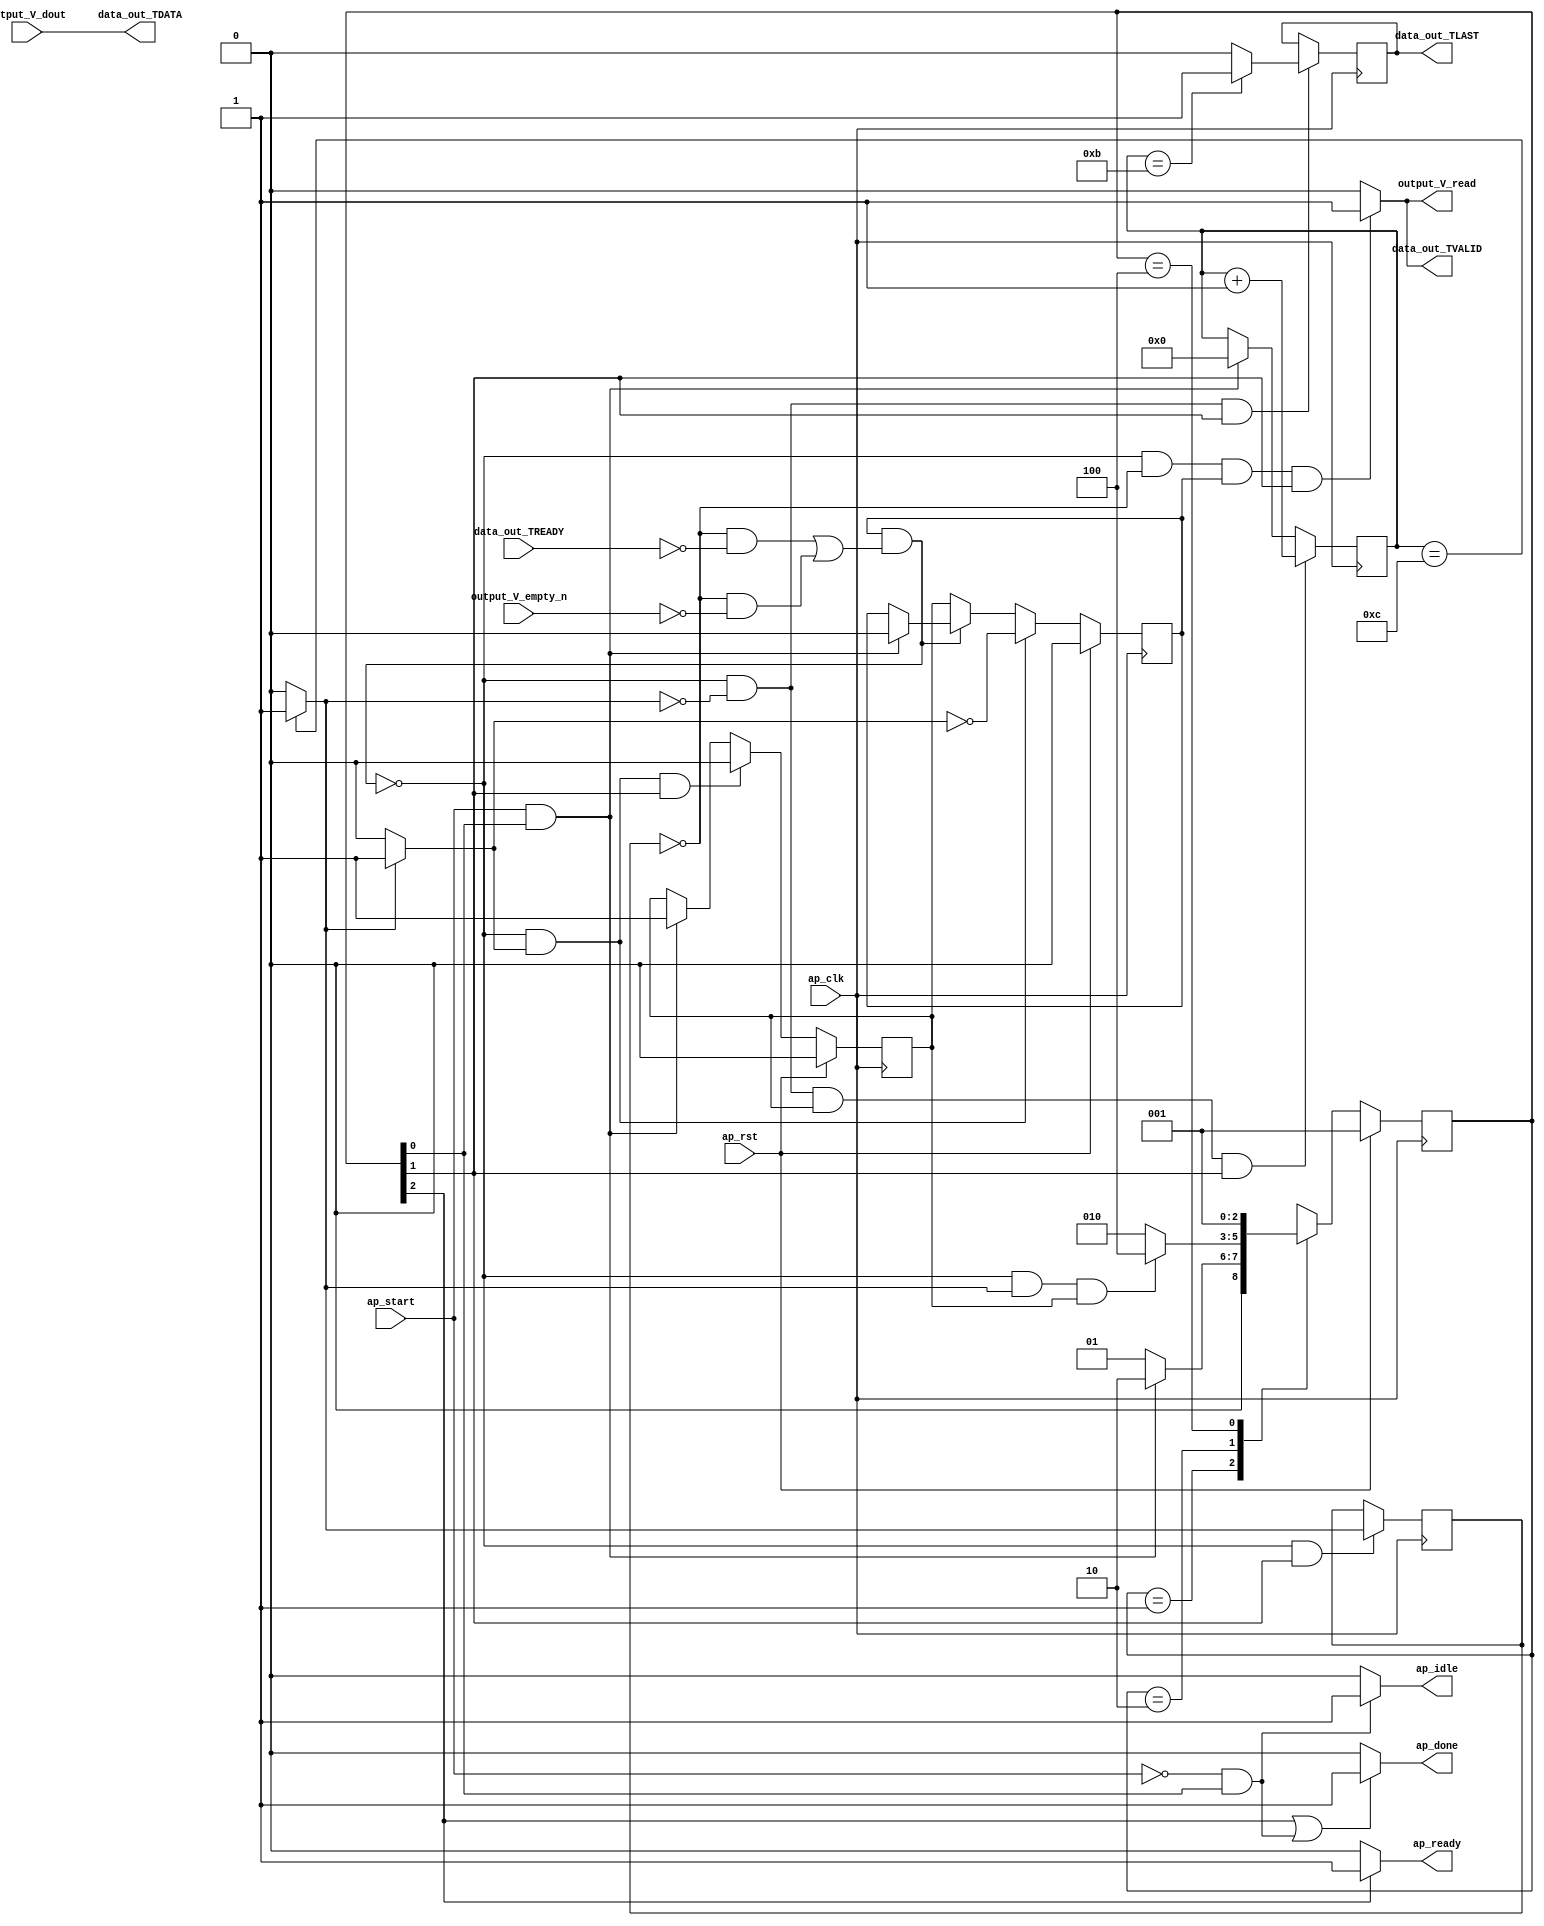
// ==============================================================
// RTL generated by Vivado(TM) HLS - High-Level Synthesis from C, C++ and OpenCL
// Version: 2019.2
// Copyright (C) 1986-2019 Xilinx, Inc. All Rights Reserved.
// 
// ===========================================================

`timescale 1 ns / 1 ps 

module datastream_out_12u_s (
        ap_clk,
        ap_rst,
        ap_start,
        ap_done,
        ap_idle,
        ap_ready,
        output_V_dout,
        output_V_empty_n,
        output_V_read,
        data_out_TDATA,
        data_out_TVALID,
        data_out_TREADY,
        data_out_TLAST
);

parameter    ap_ST_fsm_state1 = 3'd1;
parameter    ap_ST_fsm_pp0_stage0 = 3'd2;
parameter    ap_ST_fsm_state4 = 3'd4;

input   ap_clk;
input   ap_rst;
input   ap_start;
output   ap_done;
output   ap_idle;
output   ap_ready;
input  [31:0] output_V_dout;
input   output_V_empty_n;
output   output_V_read;
output  [31:0] data_out_TDATA;
output   data_out_TVALID;
input   data_out_TREADY;
output   data_out_TLAST;

reg ap_done;
reg ap_idle;
reg ap_ready;
reg output_V_read;
reg data_out_TVALID;

(* fsm_encoding = "none" *) reg   [2:0] ap_CS_fsm;
wire    ap_CS_fsm_state1;
reg    output_V_blk_n;
wire    ap_CS_fsm_pp0_stage0;
reg    ap_enable_reg_pp0_iter1;
wire    ap_block_pp0_stage0;
reg   [0:0] icmp_ln14_reg_108;
reg    data_out_TDATA_blk_n;
reg   [3:0] i_0_reg_79;
wire   [0:0] icmp_ln14_fu_90_p2;
wire    ap_block_state2_pp0_stage0_iter0;
reg    ap_block_state3_pp0_stage0_iter1;
reg    ap_block_state3_io;
reg    ap_block_pp0_stage0_11001;
wire   [3:0] i_fu_96_p2;
reg    ap_enable_reg_pp0_iter0;
wire   [0:0] tmp_last_fu_102_p2;
reg   [0:0] tmp_last_reg_117;
reg    ap_block_pp0_stage0_subdone;
reg    ap_condition_pp0_exit_iter0_state2;
reg    ap_block_pp0_stage0_01001;
wire    ap_CS_fsm_state4;
reg   [2:0] ap_NS_fsm;
reg    ap_idle_pp0;
wire    ap_enable_pp0;

// power-on initialization
initial begin
#0 ap_CS_fsm = 3'd1;
#0 ap_enable_reg_pp0_iter1 = 1'b0;
#0 ap_enable_reg_pp0_iter0 = 1'b0;
end

always @ (posedge ap_clk) begin
    if (ap_rst == 1'b1) begin
        ap_CS_fsm <= ap_ST_fsm_state1;
    end else begin
        ap_CS_fsm <= ap_NS_fsm;
    end
end

always @ (posedge ap_clk) begin
    if (ap_rst == 1'b1) begin
        ap_enable_reg_pp0_iter0 <= 1'b0;
    end else begin
        if (((1'b0 == ap_block_pp0_stage0_subdone) & (1'b1 == ap_condition_pp0_exit_iter0_state2) & (1'b1 == ap_CS_fsm_pp0_stage0))) begin
            ap_enable_reg_pp0_iter0 <= 1'b0;
        end else if (((ap_start == 1'b1) & (1'b1 == ap_CS_fsm_state1))) begin
            ap_enable_reg_pp0_iter0 <= 1'b1;
        end
    end
end

always @ (posedge ap_clk) begin
    if (ap_rst == 1'b1) begin
        ap_enable_reg_pp0_iter1 <= 1'b0;
    end else begin
        if (((1'b0 == ap_block_pp0_stage0_subdone) & (1'b1 == ap_condition_pp0_exit_iter0_state2))) begin
            ap_enable_reg_pp0_iter1 <= (1'b1 ^ ap_condition_pp0_exit_iter0_state2);
        end else if ((1'b0 == ap_block_pp0_stage0_subdone)) begin
            ap_enable_reg_pp0_iter1 <= ap_enable_reg_pp0_iter0;
        end else if (((ap_start == 1'b1) & (1'b1 == ap_CS_fsm_state1))) begin
            ap_enable_reg_pp0_iter1 <= 1'b0;
        end
    end
end

always @ (posedge ap_clk) begin
    if (((1'b0 == ap_block_pp0_stage0_11001) & (icmp_ln14_fu_90_p2 == 1'd0) & (ap_enable_reg_pp0_iter0 == 1'b1) & (1'b1 == ap_CS_fsm_pp0_stage0))) begin
        i_0_reg_79 <= i_fu_96_p2;
    end else if (((ap_start == 1'b1) & (1'b1 == ap_CS_fsm_state1))) begin
        i_0_reg_79 <= 4'd0;
    end
end

always @ (posedge ap_clk) begin
    if (((1'b0 == ap_block_pp0_stage0_11001) & (1'b1 == ap_CS_fsm_pp0_stage0))) begin
        icmp_ln14_reg_108 <= icmp_ln14_fu_90_p2;
    end
end

always @ (posedge ap_clk) begin
    if (((1'b0 == ap_block_pp0_stage0_11001) & (icmp_ln14_fu_90_p2 == 1'd0) & (1'b1 == ap_CS_fsm_pp0_stage0))) begin
        tmp_last_reg_117 <= tmp_last_fu_102_p2;
    end
end

always @ (*) begin
    if ((icmp_ln14_fu_90_p2 == 1'd1)) begin
        ap_condition_pp0_exit_iter0_state2 = 1'b1;
    end else begin
        ap_condition_pp0_exit_iter0_state2 = 1'b0;
    end
end

always @ (*) begin
    if (((1'b1 == ap_CS_fsm_state4) | ((ap_start == 1'b0) & (1'b1 == ap_CS_fsm_state1)))) begin
        ap_done = 1'b1;
    end else begin
        ap_done = 1'b0;
    end
end

always @ (*) begin
    if (((ap_start == 1'b0) & (1'b1 == ap_CS_fsm_state1))) begin
        ap_idle = 1'b1;
    end else begin
        ap_idle = 1'b0;
    end
end

always @ (*) begin
    if (((ap_enable_reg_pp0_iter0 == 1'b0) & (ap_enable_reg_pp0_iter1 == 1'b0))) begin
        ap_idle_pp0 = 1'b1;
    end else begin
        ap_idle_pp0 = 1'b0;
    end
end

always @ (*) begin
    if ((1'b1 == ap_CS_fsm_state4)) begin
        ap_ready = 1'b1;
    end else begin
        ap_ready = 1'b0;
    end
end

always @ (*) begin
    if (((icmp_ln14_reg_108 == 1'd0) & (1'b0 == ap_block_pp0_stage0) & (ap_enable_reg_pp0_iter1 == 1'b1) & (1'b1 == ap_CS_fsm_pp0_stage0))) begin
        data_out_TDATA_blk_n = data_out_TREADY;
    end else begin
        data_out_TDATA_blk_n = 1'b1;
    end
end

always @ (*) begin
    if (((1'b0 == ap_block_pp0_stage0_11001) & (icmp_ln14_reg_108 == 1'd0) & (ap_enable_reg_pp0_iter1 == 1'b1) & (1'b1 == ap_CS_fsm_pp0_stage0))) begin
        data_out_TVALID = 1'b1;
    end else begin
        data_out_TVALID = 1'b0;
    end
end

always @ (*) begin
    if (((icmp_ln14_reg_108 == 1'd0) & (1'b0 == ap_block_pp0_stage0) & (ap_enable_reg_pp0_iter1 == 1'b1) & (1'b1 == ap_CS_fsm_pp0_stage0))) begin
        output_V_blk_n = output_V_empty_n;
    end else begin
        output_V_blk_n = 1'b1;
    end
end

always @ (*) begin
    if (((1'b0 == ap_block_pp0_stage0_11001) & (icmp_ln14_reg_108 == 1'd0) & (ap_enable_reg_pp0_iter1 == 1'b1) & (1'b1 == ap_CS_fsm_pp0_stage0))) begin
        output_V_read = 1'b1;
    end else begin
        output_V_read = 1'b0;
    end
end

always @ (*) begin
    case (ap_CS_fsm)
        ap_ST_fsm_state1 : begin
            if (((ap_start == 1'b1) & (1'b1 == ap_CS_fsm_state1))) begin
                ap_NS_fsm = ap_ST_fsm_pp0_stage0;
            end else begin
                ap_NS_fsm = ap_ST_fsm_state1;
            end
        end
        ap_ST_fsm_pp0_stage0 : begin
            if (~((1'b0 == ap_block_pp0_stage0_subdone) & (icmp_ln14_fu_90_p2 == 1'd1) & (ap_enable_reg_pp0_iter0 == 1'b1))) begin
                ap_NS_fsm = ap_ST_fsm_pp0_stage0;
            end else if (((1'b0 == ap_block_pp0_stage0_subdone) & (icmp_ln14_fu_90_p2 == 1'd1) & (ap_enable_reg_pp0_iter0 == 1'b1))) begin
                ap_NS_fsm = ap_ST_fsm_state4;
            end else begin
                ap_NS_fsm = ap_ST_fsm_pp0_stage0;
            end
        end
        ap_ST_fsm_state4 : begin
            ap_NS_fsm = ap_ST_fsm_state1;
        end
        default : begin
            ap_NS_fsm = 'bx;
        end
    endcase
end

assign ap_CS_fsm_pp0_stage0 = ap_CS_fsm[32'd1];

assign ap_CS_fsm_state1 = ap_CS_fsm[32'd0];

assign ap_CS_fsm_state4 = ap_CS_fsm[32'd2];

assign ap_block_pp0_stage0 = ~(1'b1 == 1'b1);

always @ (*) begin
    ap_block_pp0_stage0_01001 = ((icmp_ln14_reg_108 == 1'd0) & (output_V_empty_n == 1'b0) & (ap_enable_reg_pp0_iter1 == 1'b1));
end

always @ (*) begin
    ap_block_pp0_stage0_11001 = ((ap_enable_reg_pp0_iter1 == 1'b1) & ((1'b1 == ap_block_state3_io) | ((icmp_ln14_reg_108 == 1'd0) & (output_V_empty_n == 1'b0))));
end

always @ (*) begin
    ap_block_pp0_stage0_subdone = ((ap_enable_reg_pp0_iter1 == 1'b1) & ((1'b1 == ap_block_state3_io) | ((icmp_ln14_reg_108 == 1'd0) & (output_V_empty_n == 1'b0))));
end

assign ap_block_state2_pp0_stage0_iter0 = ~(1'b1 == 1'b1);

always @ (*) begin
    ap_block_state3_io = ((icmp_ln14_reg_108 == 1'd0) & (data_out_TREADY == 1'b0));
end

always @ (*) begin
    ap_block_state3_pp0_stage0_iter1 = ((icmp_ln14_reg_108 == 1'd0) & (output_V_empty_n == 1'b0));
end

assign ap_enable_pp0 = (ap_idle_pp0 ^ 1'b1);

assign data_out_TDATA = output_V_dout;

assign data_out_TLAST = tmp_last_reg_117;

assign i_fu_96_p2 = (i_0_reg_79 + 4'd1);

assign icmp_ln14_fu_90_p2 = ((i_0_reg_79 == 4'd12) ? 1'b1 : 1'b0);

assign tmp_last_fu_102_p2 = ((i_0_reg_79 == 4'd11) ? 1'b1 : 1'b0);

endmodule //datastream_out_12u_s